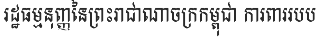
រដ្ឋធម្មនុញ្ញនៃព្រះរាជាណាចក្រកម្ពុជា ការពាររបប